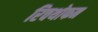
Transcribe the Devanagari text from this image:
रिचथोफन